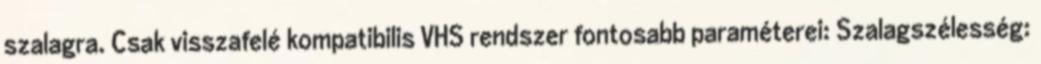
szalagra. Csak visszafelé kompatibilis VHS rendszer fontosabb paraméterei: Szalagszélesség: